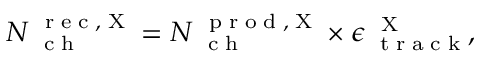
N _ { \mathrm { ~ \tiny ~ c ~ h ~ } } ^ { \mathrm { ~ \tiny ~ r ~ e ~ c ~ , ~ X ~ } } = N _ { \mathrm { ~ \tiny ~ c ~ h ~ } } ^ { \mathrm { ~ \tiny ~ p ~ r ~ o ~ d ~ , ~ X ~ } } \times \epsilon _ { \mathrm { ~ \tiny ~ t ~ r ~ a ~ c ~ k ~ } } ^ { \mathrm { ~ \tiny ~ X ~ } } ,